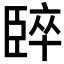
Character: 𫇈